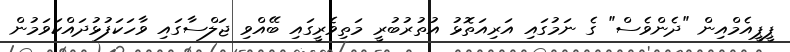
ޕީޕީއެމްއިން "ދެންވެސް" ގެ ނަމުގައި އަރިއަތޮޅު އުތުރުބުރީ މަތިވެރީގައި ބޭއްވި ޖަލްސާގައި ވާހަކަފުޅުދައްކަވަމުން